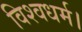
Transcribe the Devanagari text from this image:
विश्वधर्म।